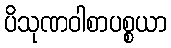
ပိသုဏဝါစာပစ္စယာ